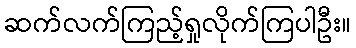
ဆက်လက်ကြည့်ရှုလိုက်ကြပါဦး။